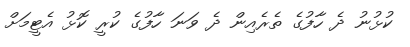
ކުޅުނު ދެ ހާފުގެ ތެރެއިން ދެ ވަނަ ހާފުގެ ކުރީ ކޮޅު އެޓީމަށް